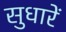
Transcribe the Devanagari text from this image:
सुधारें